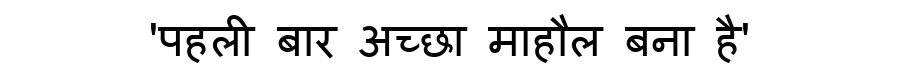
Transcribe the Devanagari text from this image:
'पहली बार अच्छा माहौल बना है'